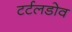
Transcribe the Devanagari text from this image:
टर्टलडोव